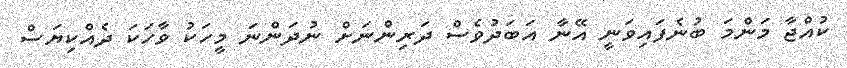
ކުއްޖާ މަންމަ ބުނެފައިވަނީ އޭނާ އަބަދުވެސް ދަރިންނަށް ނުދަންނަ މީހަކު ވާހަކަ ދެއްކިޔަސް